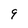
Character: 9